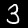
Digit: 3